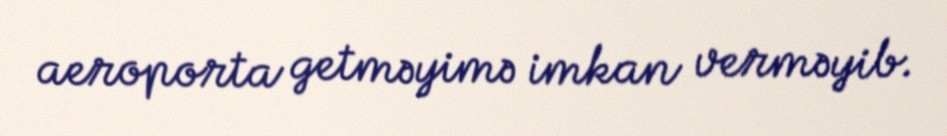
aeroporta getməyimə imkan verməyib.